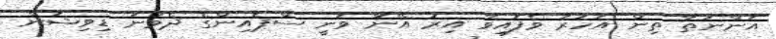
އަންނަތާ ތިން އަހަރު ވެފައިވާ އިރު އޭނާ ވަނީ ސްޕެއިންގެ ދެވަނަ ޑިވިޝަން